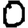
Digit: 0